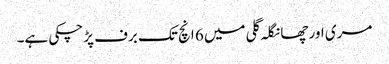
مری اور چھانگلہ گلی میں 6 انچ تک برف پڑچکی ہے۔